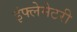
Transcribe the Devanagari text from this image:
इंफ्लेमेटरी